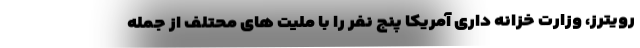
رویترز، وزارت خزانه داری آمریکا پنج نفر را با ملیت های محتلف از جمله